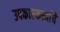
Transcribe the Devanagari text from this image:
उपकारकर्त्याचे